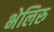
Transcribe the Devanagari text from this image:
भेलिरु